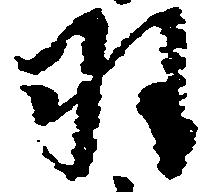
羽